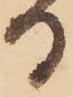
る